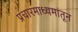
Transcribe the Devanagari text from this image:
प्रचारमाध्यमांतून